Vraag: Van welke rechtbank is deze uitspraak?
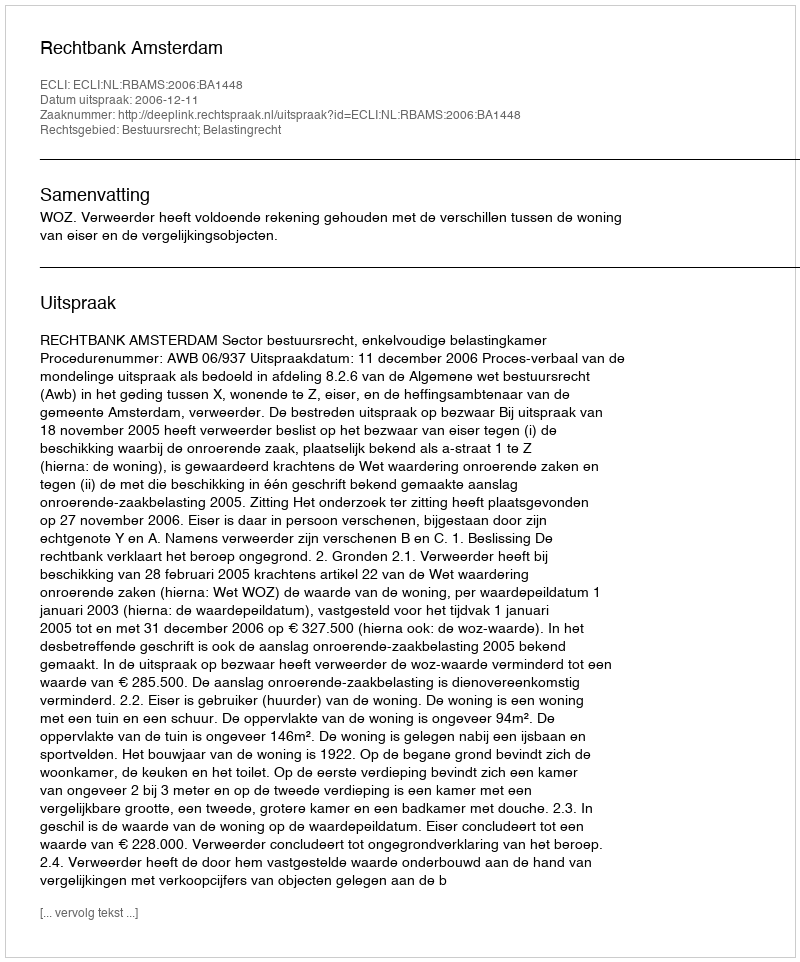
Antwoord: Rechtbank Amsterdam